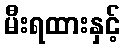
မီးရထားနှင့်